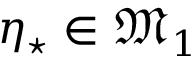
\eta _ { \star } \in \mathfrak { M } _ { 1 }